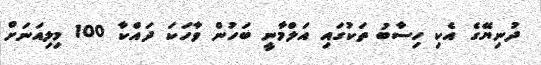
ދުނިޔޭގެ އެކި ހިސާބު ތަކުގައި އަލްމާނީ ބަހުން ވާހަކަ ދައްކާ 100 މިލިއަނަށް